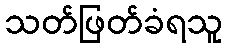
သတ်ဖြတ်ခံရသူ